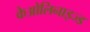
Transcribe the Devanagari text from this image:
केओलिनाइज्ड